Leaving Certificate Examination (including Day School Certificate (Higher) General paper), 1928
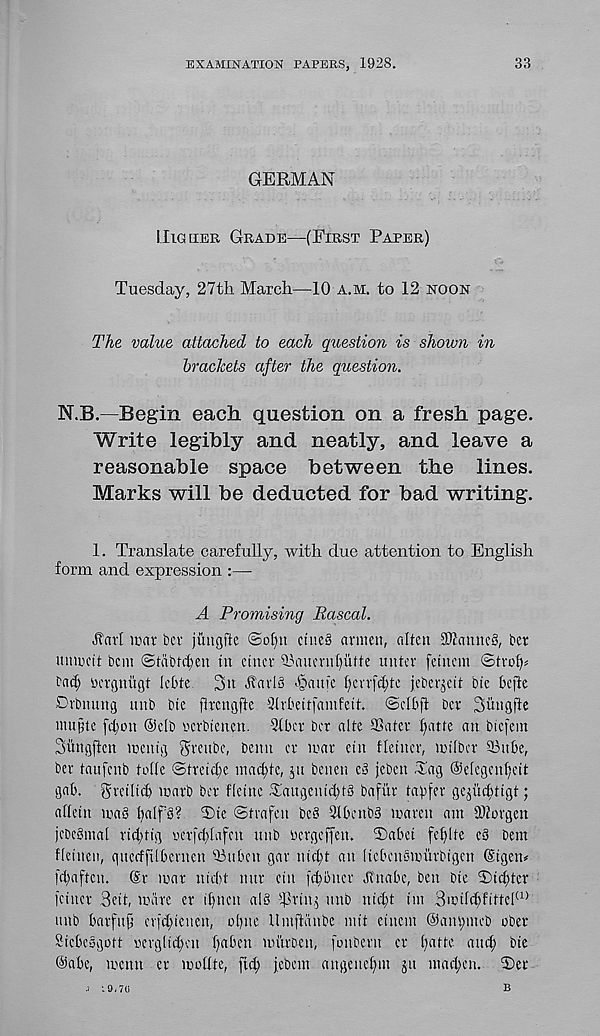
EXAMINATION PAPERS, 1928.
33
GERMAN
IIic her Grade—(First Paper)
Tuesday, 27th March—10 a.m. to 12 noon
The value attached to each question is shown in
brackets after the question.
N.B.—Begin each, question on a fresh page.
Write legibly and neatly, and leave a
reasonable space between the lines.
Marks will be deducted for bad writing.
1. Translate carefully, with due attention to English
form and expression :—
A Promising Rascal.
Aarl itmt bei jungfte @ol)n cfne§ armen, alien 2)?annc§, bet
iinnxtt bon ©labttfjen in etnev 93auern[)utte untev fetnem ©tvo^
bad; bcfi]nugt lebte
3n ^'arl§ >§anle l;enfd;te jeber^eit bie befte
Dvbnung nnb bte flrcngfte Slrbettfamfetl. ©elbjl ber Sungfte
mnjjte fd;on ©clb rerbtenen. 21bct: ber alte Safer f)atre an biefein
Sungftcn neentg grettbe, benn cr trar etn fletner, uulber SSube,
ber laufcnb lode <Sfretd;e mad;te, jn benen c3 jeben Tag @elcgcn(;etl
gab. gretlid; warb ber Heine Taitgeiiid;f§ bafiir tabfer ge^u^tigl;
allein ira§ balfS? 3)ie ©trafen be§ SlbenbS traren am ©iorgen
jebegmal rid;tig reri'cltfafcn unb bergeffen. ©abei fef)(te c§ bem
Heinen, gnerfftlbenten Subcn gar nid;t an liebencariurbigcn @igen^
fd;aften. @r mar nid)t mtr ein fc^bncr Anabc, ben bie 5)id;ter
feiner Beit, mare er if)ncn al3 Sriit,^ nnb nid;t tut 3mifc^fifte[ (1)
unb barfujj er]d;ieuen, obue llmftanbc mil einem @atn;meb ober
Sicbcsgott rcrglid;eu f;aben murben, [unbent cr (;atte and; bie
@abe, menu cr motile, fid; jcbcm angeuet;m ju mad;cn. ©er
J 19/70
B